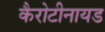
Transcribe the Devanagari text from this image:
कैरोटीनायड